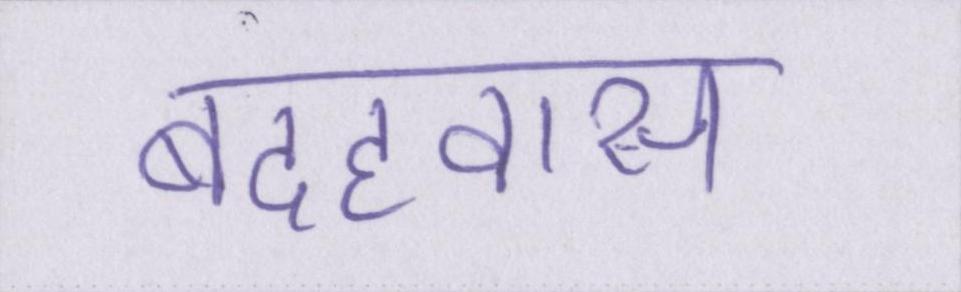
बदहवास